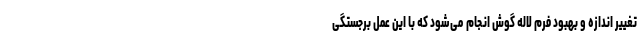
تغییر اندازه و بهبود فرم لاله گوش انجام می‌شود که با این عمل برجستگی